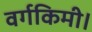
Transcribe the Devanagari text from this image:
वर्गकिमी।